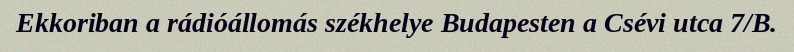
Ekkoriban a rádióállomás székhelye Budapesten a Csévi utca 7/B.